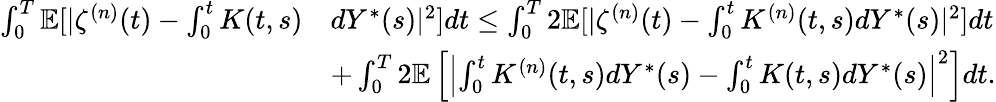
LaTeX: \begin{array}{rl}{\int_{0}^{T}\mathbb{E}[\vert\zeta^{(n)}(t)-\int_{0}^{t}K(t,s)}&{dY^{\ast}(s)\vert^{2}]dt\le\int_{0}^{T}2\mathbb{E}[\vert\zeta^{(n)}(t)-\int_{0}^{t}K^{(n)}(t,s)dY^{\ast}(s)\vert^{2}]dt}\\ &{+\int_{0}^{T}2\mathbb{E}\left[\left\vert\int_{0}^{t}K^{(n)}(t,s)dY^{\ast}(s)-\int_{0}^{t}K(t,s)dY^{\ast}(s)\right\vert^{2}\right]dt.}\end{array}